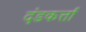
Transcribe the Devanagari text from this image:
दंडकर्त्ता